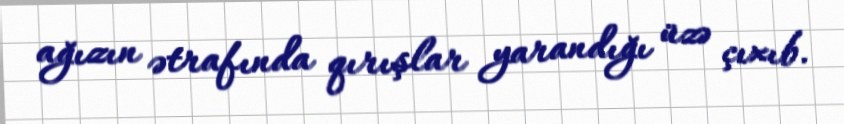
ağızın ətrafında qırışlar yarandığı üzə çıxıb.